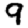
Digit: 9